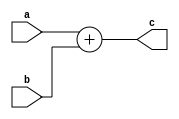
`timescale 1ns / 1ps
//////////////////////////////////////////////////////////////////////////////////
// Company: 
// Engineer: 
// 
// Design Name: 
// Module Name:    add_32 
// Project Name: 
// Target Devices: 
// Tool versions: 
// Description: 
//
// Dependencies: 
//
// Revision: 
// Revision 0.01 - File Created
// Additional Comments: 
//
//////////////////////////////////////////////////////////////////////////////////
module add_32(input [31:0] a, 
				  input [31:0] b, 
				  output [31:0]c
				  );
	
	assign c = a + b;			//

endmodule